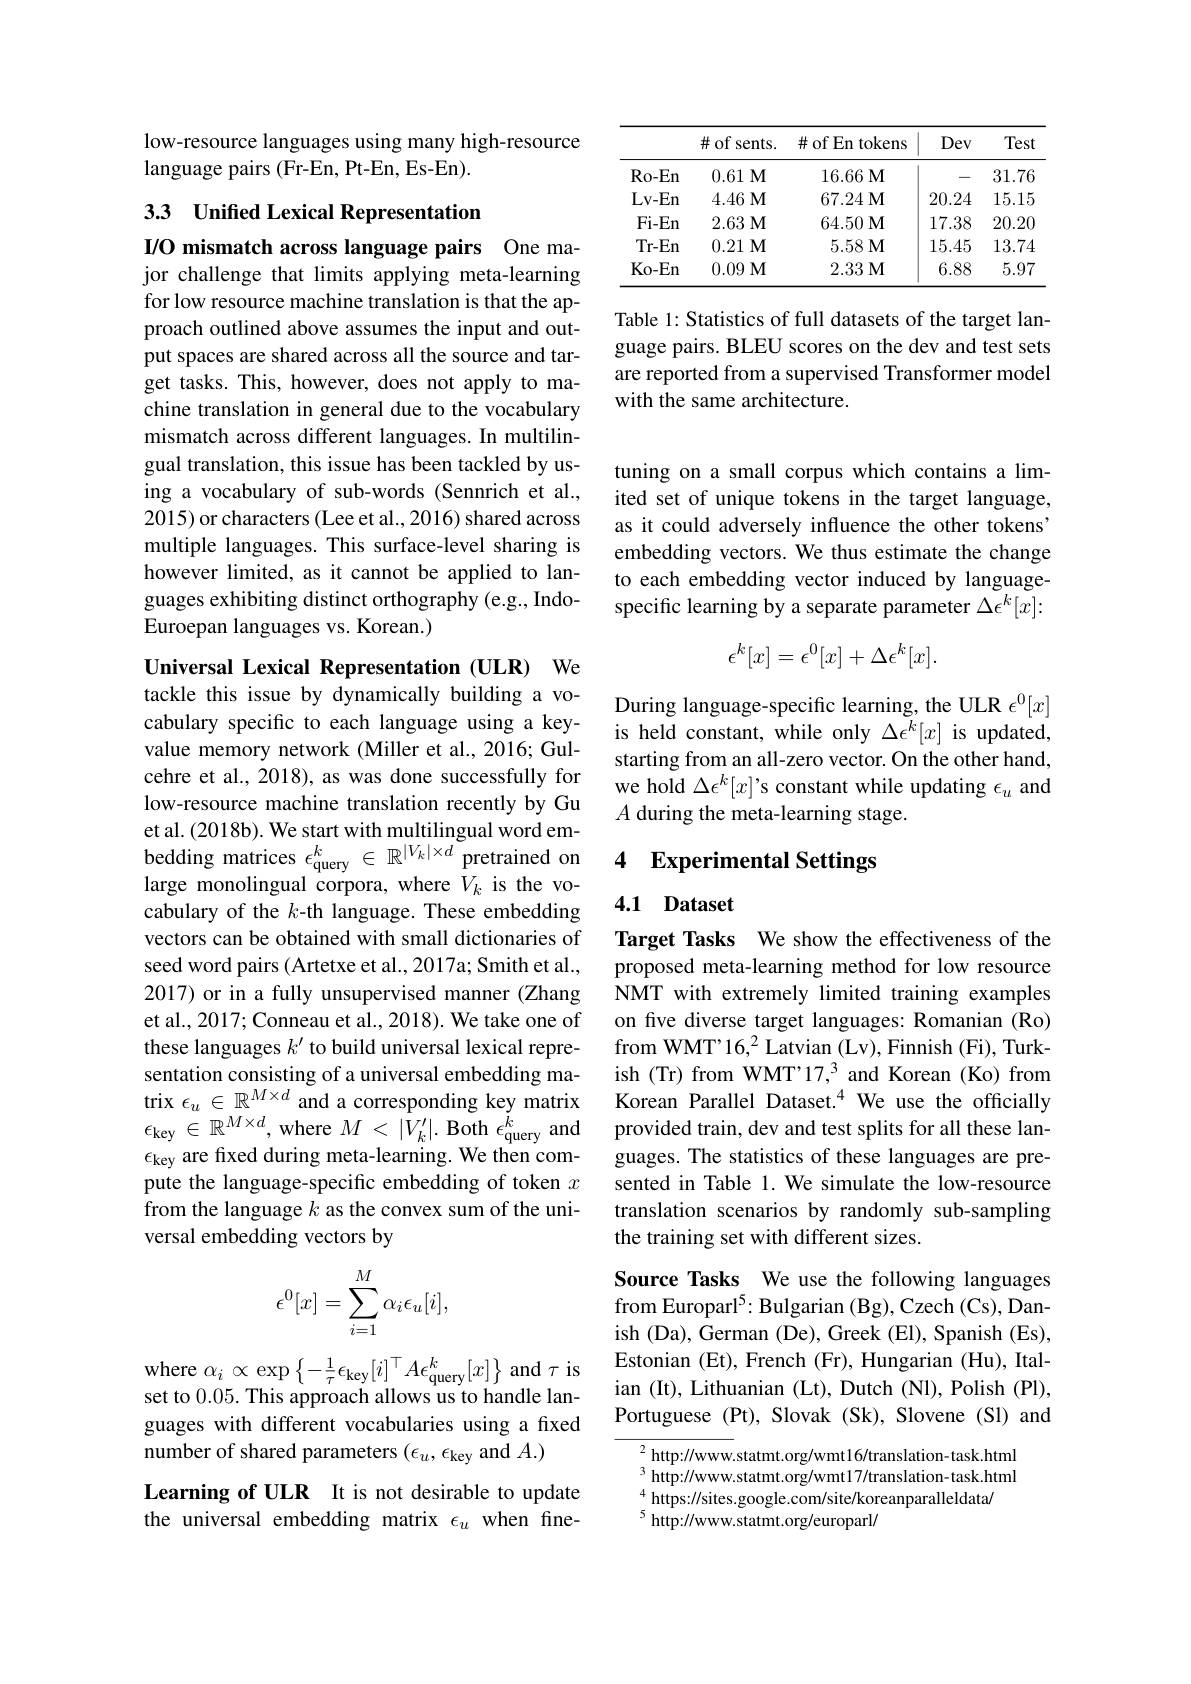
low-resource languages using many high-resource
language pairs (Fr-En, Pt-En, Es-En).

33 Unified Lexical Representation

I/O mismatch across language pairs One major challenge that limits applying meta-learning

for low resource machine translation is that the approach outlined above assumes the input and output spaces are shared across all the source and target tasks. This, however, does not apply to machine translation in general due to the vocabulary mismatch across different languages. In multilingual translation, this issue has been tackled by using a vocabulary of sub-words (Sennrich et al., 2015) or characters (Lee et al., 2016) shared across multiple languages. This surface-level sharing is however limited, as it cannot be applied to languages exhibiting distinct orthography (e.g., IndoEuroepan languages vs. Korean.)

Universal Lexical Representation (ULR) We

tackle this issue by dynamically building a vocabulary specific to each language using a keyvalue memory network (Miller et al., 2016; Gulcehre et al., 2018), as was done successfully for low-resource machine translation recently by Gu large monolingual corpora, where $V_k$ is the vocabulary of the $k$-th language. These embedding vectors can be obtained with small dictionaries of seed word pairs ( Artetxe et al., 2017a; Smith et al., 2017) or in a fully unsupervised manner (Zhang et al., 2017; Conneau et al., 2018). We take one of these languages $k^{\prime}$ to build universal lexical representation consisting of a universal embedding matrix $\epsilon_u\in\mathbb{R}^{M\times d}$ and a corresponding key matrix $\epsilon_{\mathrm{key~}}\in\mathbb{R}^{M\times d}$,where $M<|V_k^{\prime}|.$ Both $\epsilon_\mathrm{query~and}$ $\epsilon_{\mathrm{key}}$ are fixed during meta-learning. We then compute the language-specific embedding of token $x$ from the language $k$ as the convex sum of the universal embedding vectors by
$$\epsilon^0[x]=\sum_{i=1}^M\alpha_i\epsilon_u[i],$$
where $\alpha_i\propto\exp\left\{-\frac1\tau\epsilon_{\mathrm{key}}[i]^\top A\epsilon_{\mathrm{query}}^k[x]\right\}$ and $\tau$ is set to 0.05. This approach allows us to handle languages with different vocabularies using a fixed number of shared parameters $(\epsilon_u,\epsilon_\text{key}$ and $A.)$
Learning of ULR It is not desirable to update the universal embedding matrix $\epsilon_u$ when fine-

<table>
	<tbody>
		<tr>
			<th> </th>
			<th>$\#$of sents.</th>
			<th>$\#$ of En tokens</th>
			<th>Dev</th>
			<th>Test</th>
		</tr>
		<tr>
			<td>Ro- En</td>
			<td>0.61M</td>
			<td>16.66 $\mathbf{M}$</td>
			<td>一</td>
			<td>31.76</td>
		</tr>
		<tr>
			<td>Lv- En</td>
			<td>4.46M</td>
			<td>67.24M</td>
			<td>20.24</td>
			<td>15.15</td>
		</tr>
		<tr>
			<td>$Fi-En$</td>
			<td>2.63M</td>
			<td>$64. 50\textbf{M}$</td>
			<td>17.38</td>
			<td>20.20</td>
		</tr>
		<tr>
			<td>$Tr-En$</td>
			<td>$0. 21\textbf{M}$</td>
			<td>5.58M</td>
			<td>15.45</td>
			<td>13.74</td>
		</tr>
		<tr>
			<td>$Ko-En$</td>
			<td>0.09M</td>
			<td>2.33 $\mathbf{M}$</td>
			<td>6.88</td>
			<td>5.97</td>
		</tr>
	</tbody>
</table>

Table 1: Statistics of full datasets of the target language pairs. BLEU scores on the dev and test sets are reported from a supervised Transformer model with the same architecture.

tuning on a small corpus which contains a limited set of unique tokens in the target language, as it could adversely influence the other tokens' embedding vectors. We thus estimate the change to each embedding vector induced by languagespecific learning by a separate parameter $\Delta\epsilon^k[x]:$
$$\epsilon^k[x]=\epsilon^0[x]+\Delta\epsilon^k[x].$$
During language-specific learning, the ULR $\epsilon^0[x]$ is held constant, while only $\Delta\epsilon^k[x]$ is updated, starting from an all-zero vector. On the other hand, we hold $\Delta\epsilon^k[x]’$s constant while updating $\epsilon_u$ and $A$ during the meta-learning stage.

# et al. (2018b). We start with multilingual word em- A uuling uc incla-calinig sta bedding matrices $\epsilon_\mathrm{query}^k\in\mathbb{R}^{|V_k|\times d}$ pretrained on 4 Experimental Settings

## 4.1 Dataset

Target Tasks We show the effectiveness of the proposed meta-learning method for low resource NMT with extremely limited training examples on five diverse target languages: Romanian (Ro) from WMT" 16,$^2$ Latvian (Lv), Finnish (Fi), Turkish (Tr) from WMT'17,3 and Korean (Ko) from Korean Parallel Dataset.$^{4}$ We use the officially provided train, dev and test splits for all these languages. The statistics of these languages are presented in Table 1. We simulate the low-resource translation scenarios by randomly sub-sampling the training set with different sizes.

Source Tasks We use the following languages from Europarl$^{5}$: Bulgarian (Bg), Czech (Cs), Danish (Da), German (De), Greek (El), Spanish (Es), Estonian (Et), French (Fr), Hungarian (Hu), Italian (It), Lithuanian (Lt), Dutch (Nl), Polish (Pl), Portuguese (Pt), Slovak (Sk), Slovene (Sl) and

$^{2}$http://www.statmt.org/wmt16/translation-task.html $^{3}$ http://www.statmt.org/wmt17/translation-task.html $^{4}$ https://sites.google.com/site/koreanparalleldata/
$^{5}$ http://www.statmt.org/europarl/